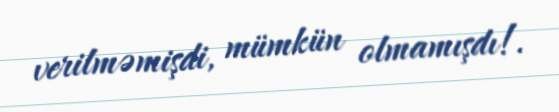
verilməmişdi, mümkün olmamışdı!.